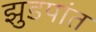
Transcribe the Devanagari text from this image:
झुडपांत